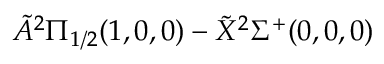
\tilde { A } ^ { 2 } \Pi _ { 1 / 2 } ( 1 , 0 , 0 ) - \tilde { X } ^ { 2 } \Sigma ^ { + } ( 0 , 0 , 0 )